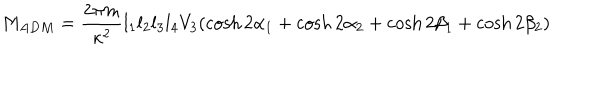
M _ { A D M } = \frac { 2 \pi m } { \kappa ^ { 2 } } l _ { 1 } l _ { 2 } l _ { 3 } l _ { 4 } V _ { 3 } ( \cosh 2 \alpha _ { 1 } + \cosh 2 \alpha _ { 2 } + \cosh 2 \beta _ { 1 } + \cosh 2 \beta _ { 2 } )